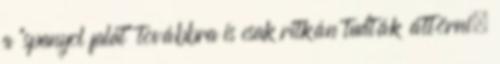
a "spanyol falat" továbbra is csak ritkán tudták áttörni.